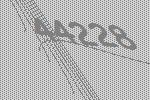
44228